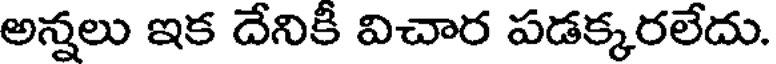
అన్నలు ఇక దేనికి విచార పడక్కరలేదు.